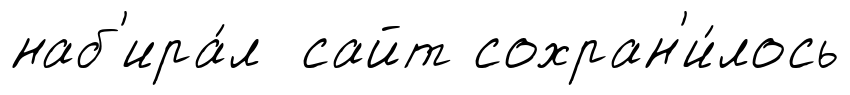
наб'ира́л сайт сохран'и́лось